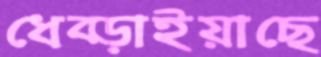
ধেব্‌ড়াইয়াছে